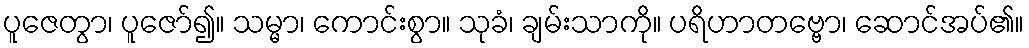
ပူဇေတွာ၊ ပူဇော်၍။ သမ္မာ၊ ကောင်းစွာ။ သုခံ၊ ချမ်းသာကို။ ပရိဟာတဗ္ဗော၊ ဆောင်အပ်၏။